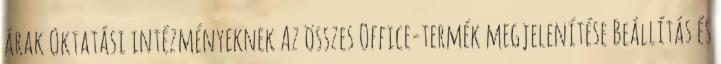
árak Oktatási intézményeknek Az összes Office-termék megjelenítése Beállítás és